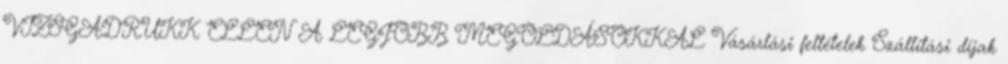
VIZSGADRUKK ELLEN A LEGJOBB MEGOLDÁSOKKAL Vásárlási feltételek Szállítási díjak